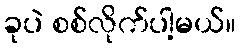
ခုပဲ စစ်လိုက်ပါ့မယ်။